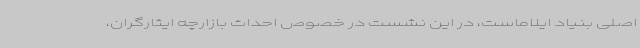
اصلی بنیاد ایلاماست، در این نشست در خصوص احداث بازارچه ایثارگران،